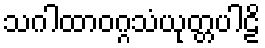
သဂါထာဝဂ္ဂသံယုတ္တပါဠိ